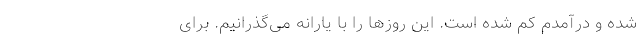
شده و درآمدم کم شده است. این روزها را با یارانه می‌گذرانیم. برای